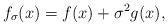
LaTeX: \begin{align*}f_\sigma(x)=f(x)+\sigma^2 g(x),\end{align*}